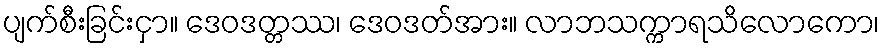
ပျက်စီးခြင်းငှာ။ ဒေဝဒတ္တဿ၊ ဒေဝဒတ်အား။ လာဘသက္ကာရသိလောကော၊